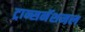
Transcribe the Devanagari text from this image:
ट्रान्सनॅशनल